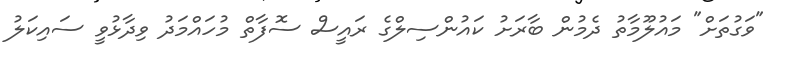
"ވަގުތަށް" މައުލޫމާތު ދެމުން ބާރަށު ކައުންސިލްގެ ރައީސް ސޮފާތް މުހައްމަދު ވިދާޅުވީ ސައިކަލު